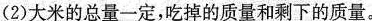
(2)大米的总量一定，吃掉的质量和剩下的质量。